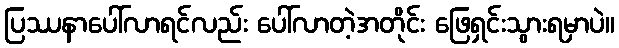
ပြဿနာပေါ်လာရင်လည်း ပေါ်လာတဲ့အတိုင်း ဖြေရှင်းသွားရမှာပဲ။